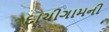
દાચીગામની